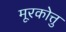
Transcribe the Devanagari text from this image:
मूरकोत्तु